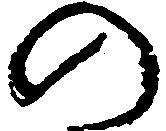
の